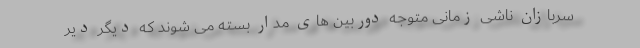
سربازان ناشی زمانی متوجه دوربین های مدار بسته می شوند که دیگر دیر